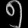
Digit: ၅